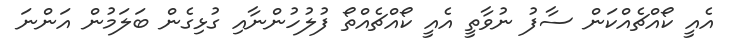
އެއީ ކޯއްޗެއްކަން ސާފު ނުވާތީ އެއީ ކޯއްޗެއްތޯ ފުލުހުންނާއި ގުޅިގެން ބަލަމުން އަންނަ